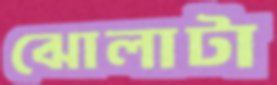
ঝোলাটা